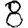
Digit: 8